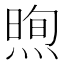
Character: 𪹕